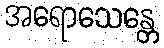
အရောသေန္တေ